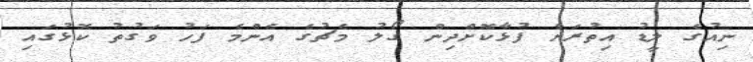
ނިއުގެ ލީޑު އިތުރަށް ފުޅާކޮށްދިން ގޯލު މެޗުގެ އެންމެ ފަހު ވަގުތު ކޮޅުގައި